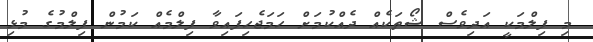
މި ފިލްމަކީ އަދިވެސް ޝޯތަކެއް ދެއްކުމަށް ހަމަޖެހިފައިވާ ފިލްމެއް ކަމުން ފިލްމުގެ މުޅި